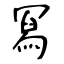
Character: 冩